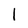
Character: 1